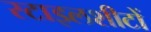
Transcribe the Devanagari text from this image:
स्टाइलशीटों